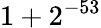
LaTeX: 1+2^{-53}